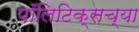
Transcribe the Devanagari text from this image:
पॉलिटिक्सच्या